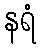
နရံ